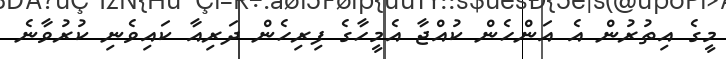
މީގެ އިތުރުން އެ އަންހެން ކުއްޖާ އެމީހާގެ ފިރިހެން ދަރިއާ ކައިވެނި ކުރުވާނެ